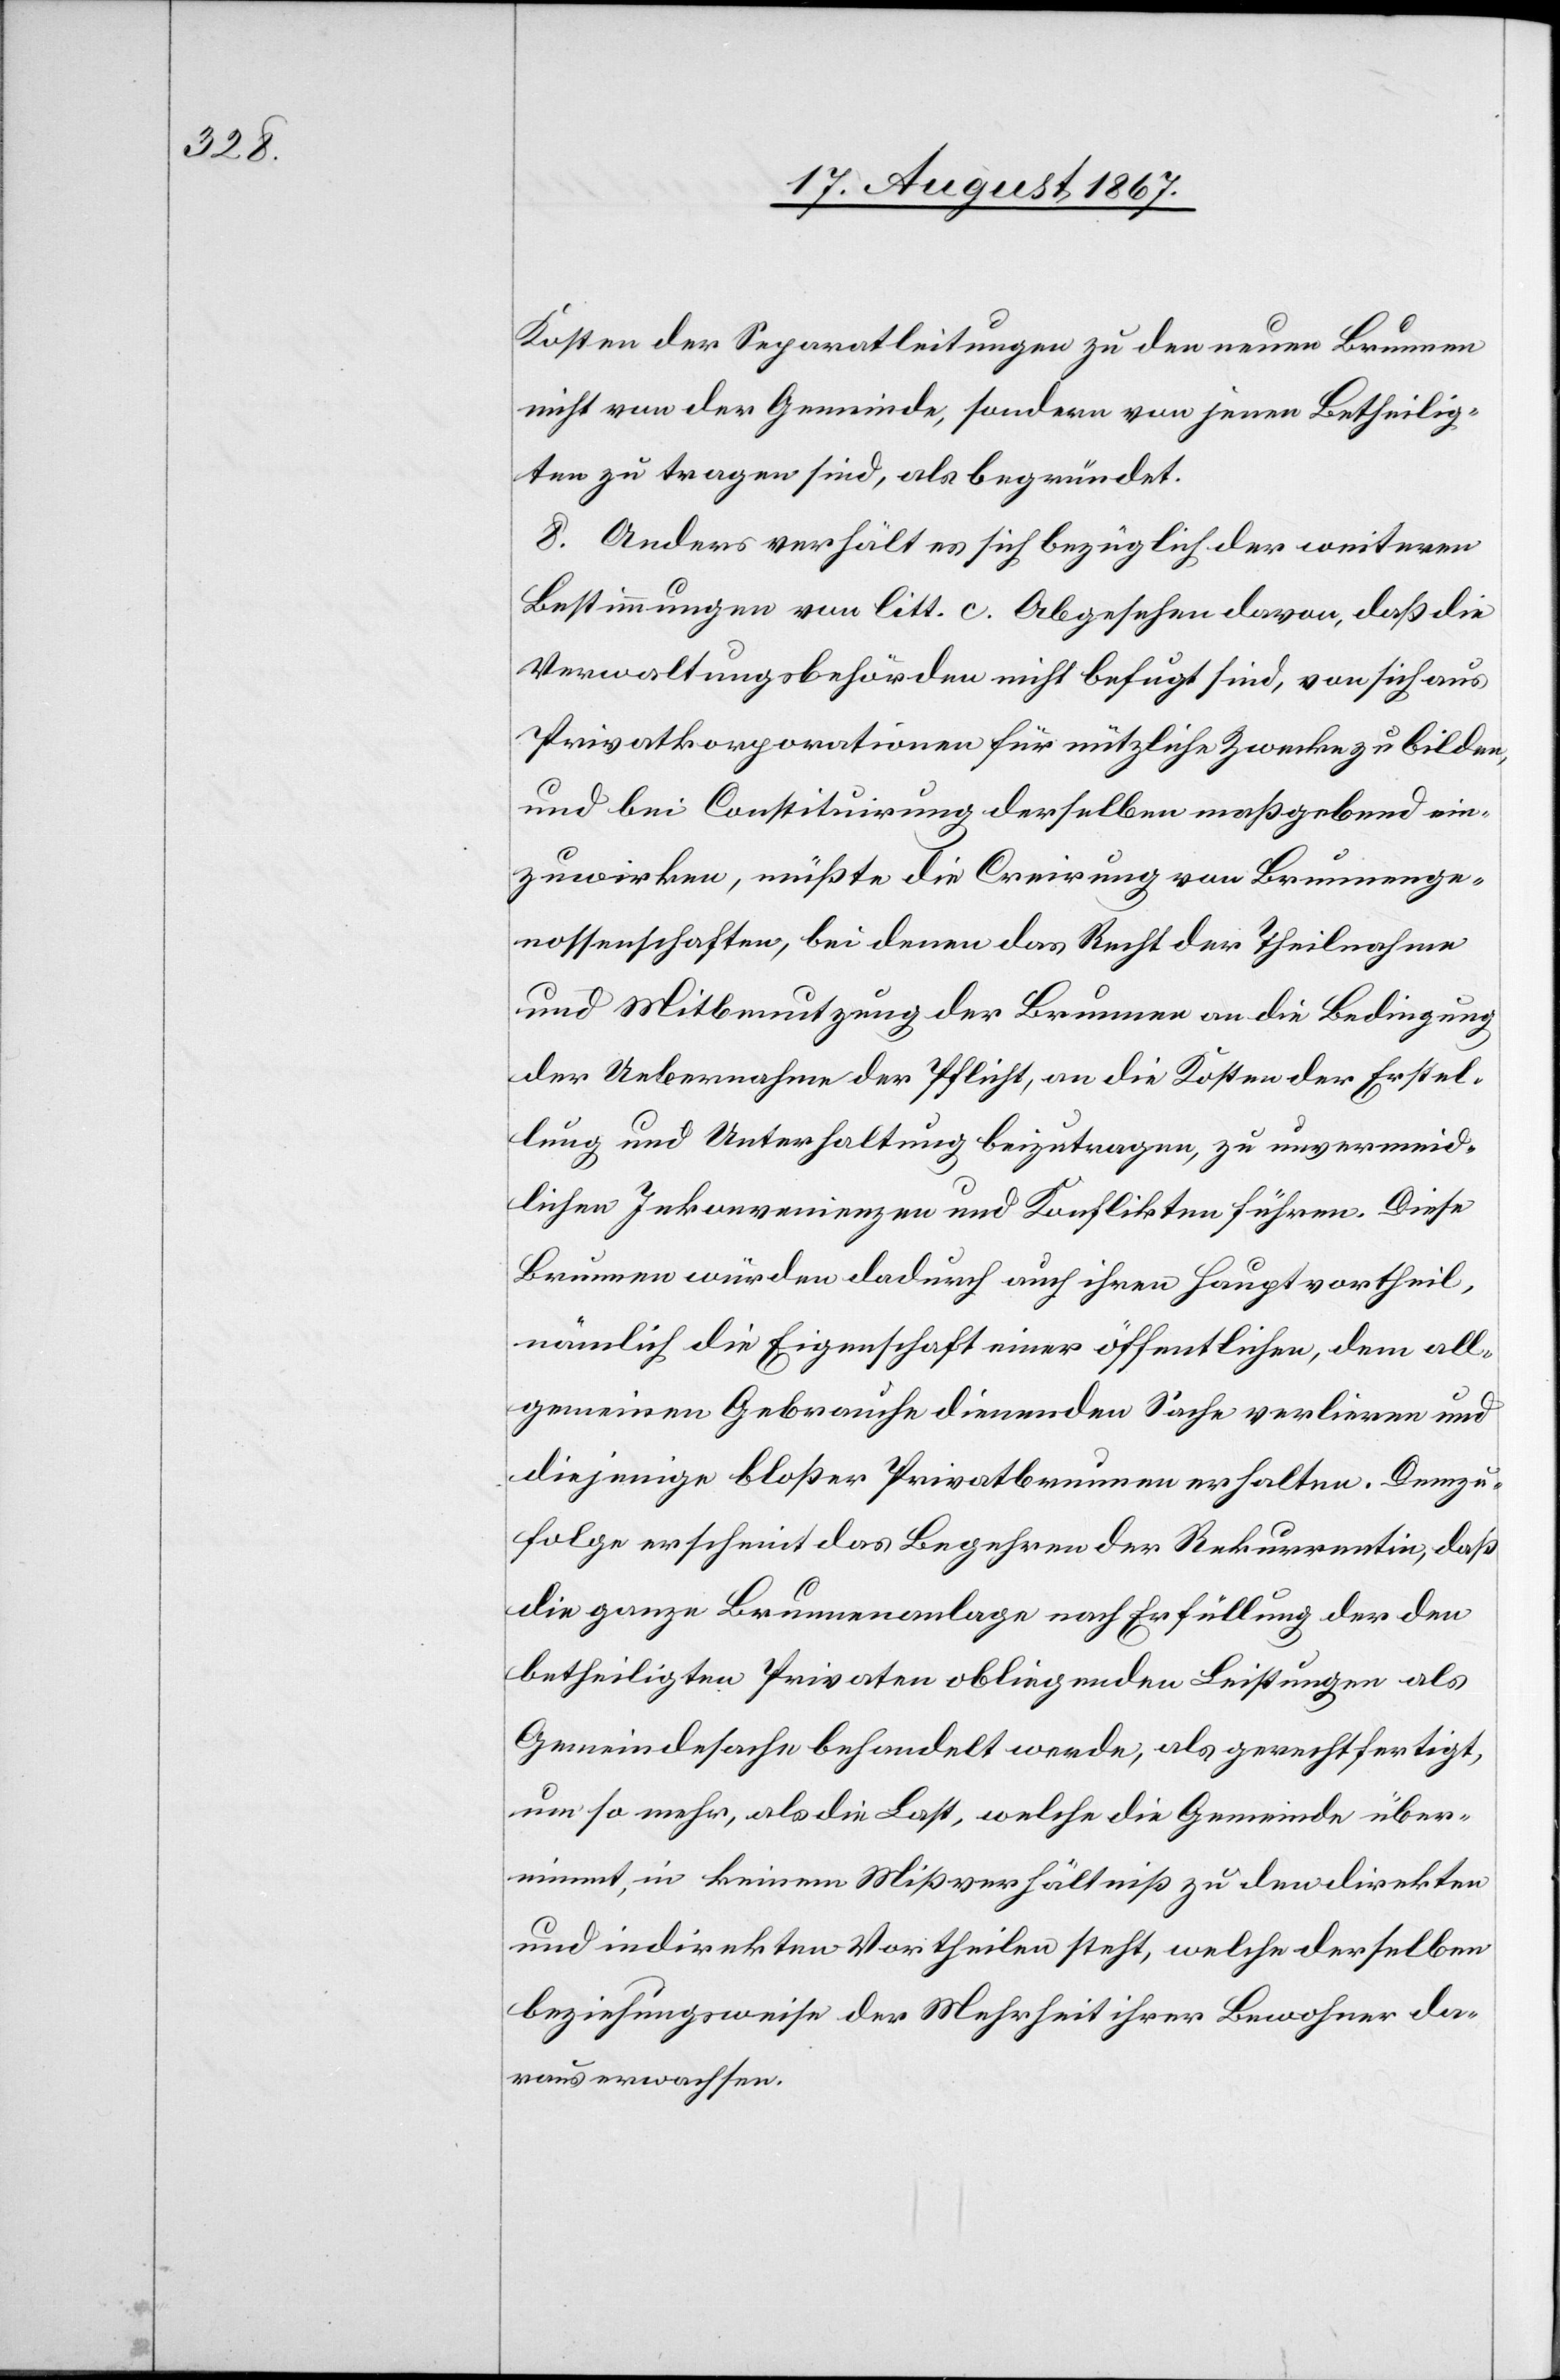
Kosten der Separatleitung zu den neuen Brunnen
nicht von der Gemeinde, sondern von jenen Betheilig¬
ten zu tragen sind, als begründet.
8. Anders verhält es sich bezüglich der weitern
Bestimmungen von litt. c. Abgesehen davon, daß die
Verwaltungsbehörden nicht befugt sind, von sich aus
Privatkorporationen für nützliche Zwecke zu bilden,
und bei Constituirung derselben maßgebend ein¬
zuwirken, müßte die Creirung von Brunnenge¬
nossenschaften, bei denen das Recht der Theilnahme
und Mitbenutzung der Brunnen an die Bedingung
der Uebernahme der Pflicht, an die Kosten der Erstel¬
lung und Unterhaltung beizutragen, zu unvermeid¬
lichen Inkonvenienzen und Konflikten führen. Diese
Brunnen würden dadurch auch ihren Hauptvortheil,
nämlich die Eigenschaft einer öffentlichen, dem all¬
gemeinen Gebrauche dienenden Sache verlieren und
diejenige bloßer Privatbrunnen erhalten. Demzu¬
folge erscheint das Begehren der Rekurrentin, daß
die ganze Brunnenanlage nach Erfüllung der den
betheiligten Privaten obliegenden Leistungen als
Gemeindesache behandelt werde, als gerechtfertigt,
um so mehr, als die Last, welche die Gemeinde über¬
nimmt, in keinem Mißverhältniß zu den direkten
und indirekten Vortheilen steht, welche derselben
beziehungsweise der Mehrheit ihrer Bewohner da¬
raus erwachsen.